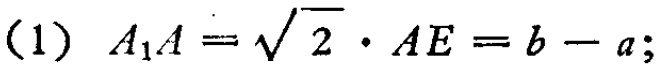
(1) \(A_{1}A = \sqrt{2}\cdot AE = b - a;\)